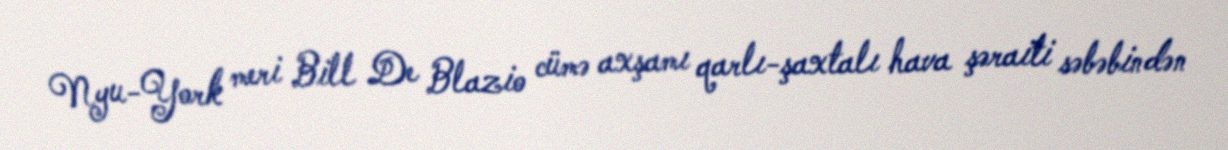
Nyu-York meri Bill De Blazio cümə axşamı qarlı-şaxtalı hava şəraiti səbəbindən